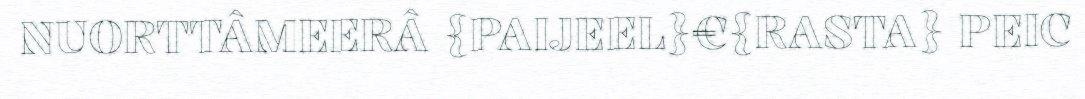
NUORTTÂMEERÂ {PAIJEEL}€{RASTA} PEIC